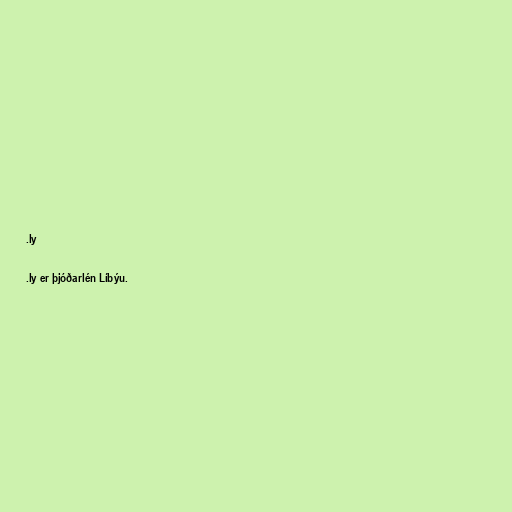
.ly

.ly er þjóðarlén Líbýu.